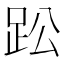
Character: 𮛌